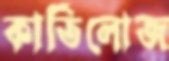
কার্তিলোজ